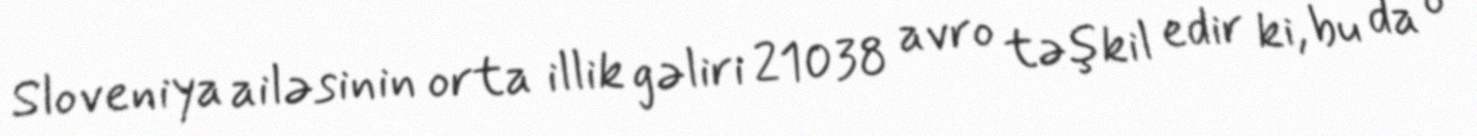
Sloveniya ailəsinin orta illik gəliri 21038 avro təşkil edir ki, bu da o